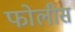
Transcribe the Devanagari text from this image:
फोलीस